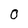
Character: O